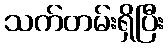
သက်တမ်းရှိပြီး